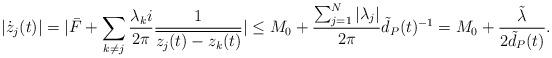
LaTeX: \begin{align*}|\dot{z}_j(t)|=|\bar{F}+\sum_{k\neq j}\frac{\lambda_k i}{2\pi}\frac{1}{\overline{z_j(t)-z_k(t)}}|\leq M_0+\frac{\sum_{j=1}^N|\lambda_j|}{2\pi} \tilde{d}_P(t)^{-1}=M_0+\frac{\tilde{\lambda}}{ 2\tilde{d}_P(t)}.\end{align*}